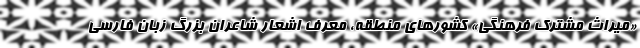
«میراث مشترک فرهنگی» کشورهای منطقه، معرفِ اشعار شاعران بزرگ زبان فارسی